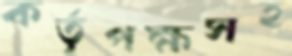
কর্তৃপক্ষসহ